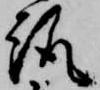
趣